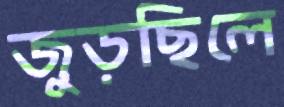
জুড়ছিলে